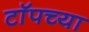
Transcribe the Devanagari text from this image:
टाॅपच्या